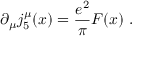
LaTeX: \partial _ { \mu } j _ { 5 } ^ { \mu } ( x ) = \frac { e ^ { 2 } } { \pi } F ( x ) \ .